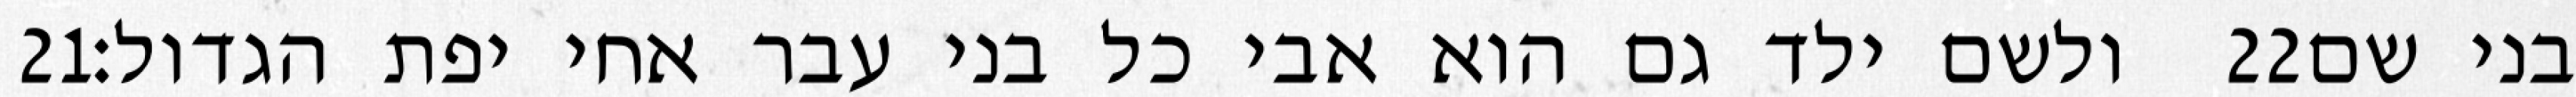
‎21‏ ולשם ילד גם הוא אבי כל בני עבר אחי יפת הגדול׃ ‎22‏ בני שם